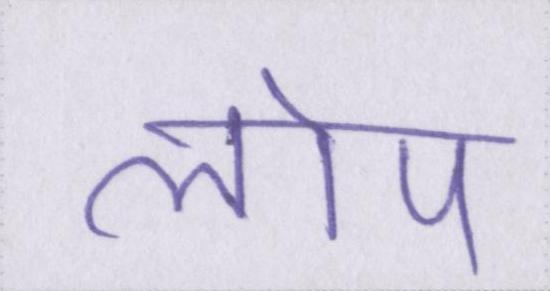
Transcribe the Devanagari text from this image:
लोप